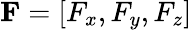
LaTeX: {\mathbf{F}}=[{F_{x}},{F_{y}},{F_{z}}]